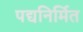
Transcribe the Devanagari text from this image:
पद्यनिर्मित